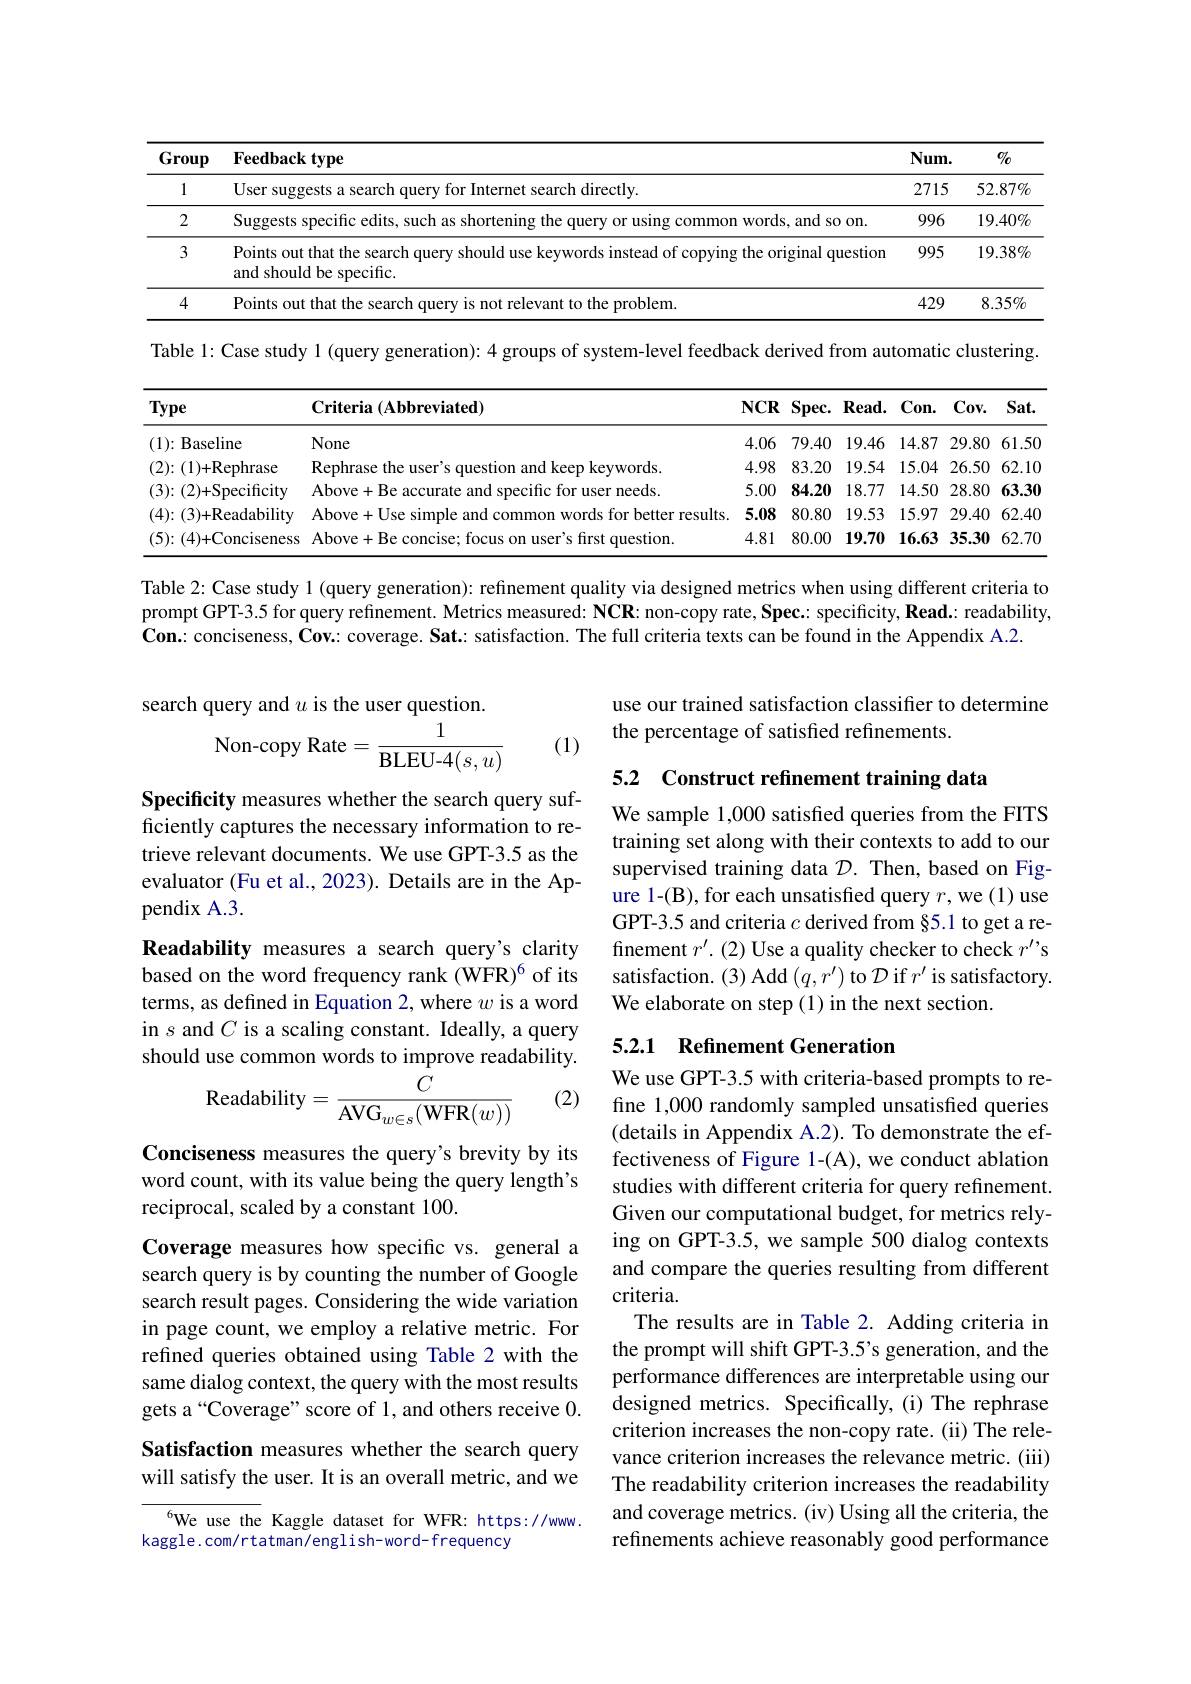
<table>
	<tbody>
		<tr>
			<th>Group</th>
			<th>Feedback type</th>
			<th>$Num.$</th>
			<th>$0/_{0}$</th>
		</tr>
		<tr>
			<td>1</td>
			<td>User suggest ternet search directly.</td>
			<td>2715</td>
			<td>$52.87\%$</td>
		</tr>
		<tr>
			<td>2</td>
			<td>Suggests specific edits, such as shortening t or using common words, and so on.</td>
			<td>996</td>
			<td>$19.40\%$</td>
		</tr>
		<tr>
			<td>3</td>
			<td>Points out that the search query should use keywords instead of copying the original question and should be specific.</td>
			<td>995</td>
			<td>$19.38\%$</td>
		</tr>
		<tr>
			<td>4</td>
			<td>Points out problem. </td>
			<td>429</td>
			<td>$8.35\%$</td>
		</tr>
	</tbody>
</table>

<table>
	<tbody>
		<tr>
			<th>Type</th>
			<th>${\mathbf{Criteria}}\left(\mathbf{Abbreviated}\right)$</th>
			<th>$NCR$</th>
			<th>$Spec.$</th>
			<th>$Read.$</th>
			<th>$Con.$</th>
			<th>$Cov.$</th>
			<th>$Sat.$</th>
		</tr>
		<tr>
			<td>$(1)\colon$Baseline</td>
			<td>None</td>
			<td>4.06</td>
			<td>79.40</td>
			<td>19.46</td>
			<td>14.87</td>
			<td>29.80</td>
			<td>61.50</td>
		</tr>
		<tr>
			<td>(2){:}(1){+}Rephrase</td>
			<td>kenhra sunrde</td>
			<td>4.98</td>
			<td>83.20</td>
			<td>19.54</td>
			<td>15.04</td>
			<td>26.50</td>
			<td>62.10</td>
		</tr>
		<tr>
			<td>(3){:}(2){+}Specificity</td>
			<td>Above cific needs</td>
			<td>5.00</td>
			<td>84.20</td>
			<td>18.77</td>
			<td>14.50</td>
			<td>28.80</td>
			<td>63.30</td>
		</tr>
		<tr>
			<td>$(4)\colon(3){+}$Readability</td>
			<td>Ahove results</td>
			<td>5.08</td>
			<td>80.80</td>
			<td>19.53</td>
			<td>15.97</td>
			<td>29.40</td>
			<td>62.40</td>
		</tr>
		<tr>
			<td>$(5)\colon(4){+}$Conciseness</td>
			<td>lestion</td>
			<td>4.81</td>
			<td>80.00</td>
			<td>19.70</td>
			<td>16.63</td>
			<td>35.30</td>
			<td>62.70</td>
		</tr>
	</tbody>
</table>

Table 2: Case study 1 (query generation): refinement quality via designed metrics when using different criteria to prompt GPT-3.5 for query refinement. Metrics measured: $\mathbf{NCR:~non-copy~rate,~Spec:~specificity,~Read.:~readability,}$ Con.: conciseness, Cov: coverage. Sat.: satisfaction. The full criteria texts can be found in the Appendix A.2.

use our trained satisfaction classifier to determine
the percentage of satisfied refinements.

search query and $u$ is the user question.
$$\text{Non-copy Rate}=\frac{1}{\text{BLEU-4}(s,u)}$$
(1)

5.2 Construct refinement training data

We sample 1,000 satisfied queries from the FITS training set along with their contexts to add to our supervised training data $\mathcal{D}.$ Then, based on Figure 1-(B), for each unsatisfied query $r$,we (1) use GPT-3.5 and criteria $c$ derived from §5.1 to get a refinement $r^\prime.(2)$ Use a quality checker to check $r^\prime\prime$s satisfaction.(3) Add$\left(q,r^{\prime}\right)$to $\mathcal{D}$ if $r^\prime$ is satisfactory. We elaborate on step(1) in the next section.

Specificity measures whether the search query sufficiently captures the necessary information to retrieve relevant documents. We use GPT-3.5 as the evaluator (Fu et al., 2023). Details are in the Appendix A.3.
Readability measures a search query's clarity based on the word frequency rank (WFR)$^{6}$ of its terms, as defined in Equation 2, where $w$ is a word in $s$ and $C$ is a scaling constant. Ideally, a query should use common words to improve readability.

## 5.2.1 Refinement Generation

(2)
$$\text{Readability}=\frac{\dot{C}}{\text{AVG}_{w\in s}(\text{WFR}(w))}$$
Conciseness measures the query's brevity by its word count, with its value being the query length's reciprocal, scaled by a constant 100.

We use GPT-3.5 with criteria-based prompts to refine 1,000 randomly sampled unsatisfied queries (details in Appendix A.2). To demonstrate the effectiveness of Figure 1-(A), we conduct ablation studies with different criteria for query refinement. Given our computational budget, for metrics relying on GPT-3.5, we sample 500 dialog contexts and compare the queries resulting from different criteria.
The results are in Table 2. Adding criteria in the prompt will shift GPT-3.5's generation, and the performance differences are interpretable using our designed metrics. Specifically,(i) The rephrase criterion increases the non-copy rate. (ii) The relevance criterion increases the relevance metric. (iii) The readability criterion increases the readability and coverage metrics. (iv) Using all the criteria, the refinements achieve reasonably good performance

Coverage measures how specific vs. general a search query is by counting the number of Google search result pages. Considering the wide variation in page count, we employ a relative metric. For refined queries obtained using Table 2 with the same dialog context, the query with the most results gets a“Coverage”score of 1, and others receive 0.

# Satisfaction measures whether the search query will satisfy the user. It is an overall metric, and we

${^{6}}$We use the Kaggle dataset for WFR: https://www.
kaggle.com/rtatman/english-word- frequency